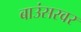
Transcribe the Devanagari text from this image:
बाउंसरवर